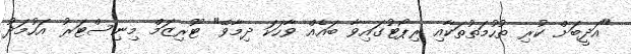
"އަދީބަށް ކުރި ތުހުމަތުތަކާއި ރިޕޯޓުގައިވާ ބައެއް ވާހަކަ ދިމާވޭ" ޓޫރިޒަމް މިނިސްޓަރު އަހުމަދު